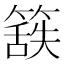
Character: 𮆃